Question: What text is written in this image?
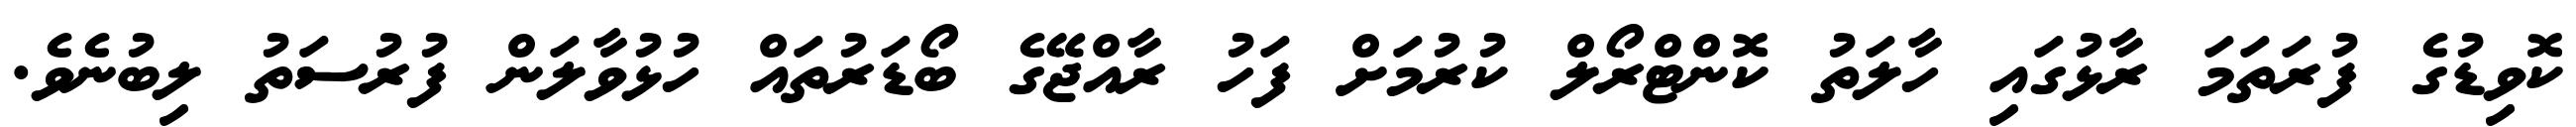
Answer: ކޮވިޑުގެ ފުރަތަމަ ރާޅުގައި ހާލަތު ކޮންޓްރޯލް ކުރުމަށް ފަހު ރާއްޖޭގެ ބޯޑަރުތައް ހުޅުވާލަން ފުރުސަތު ލިބުނެވެ.